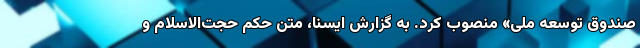
صندوق توسعه ملی» منصوب کرد. به گزارش ایسنا، متن حکم حجت‌الاسلام و